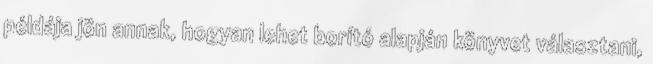
példája jön annak, hogyan lehet borító alapján könyvet választani,